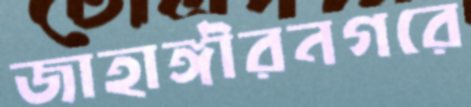
জাহাঙ্গীরনগরে